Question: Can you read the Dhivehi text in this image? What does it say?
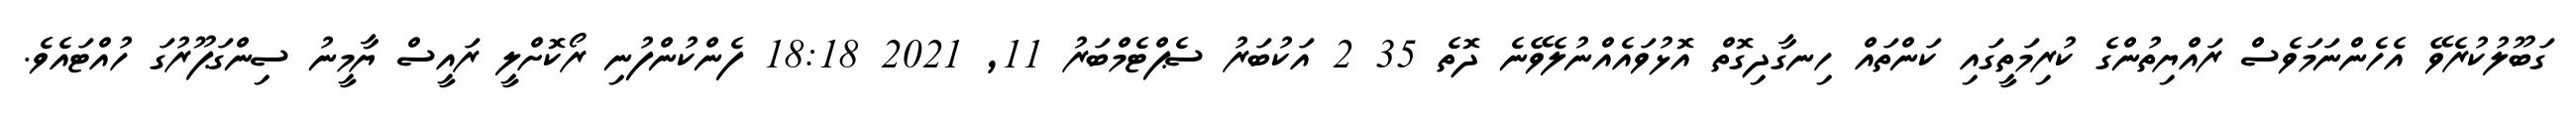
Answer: ގަބޫލުކުރެވޭ އެހެންނަމަވެސް ރައްޔިތުންގެ ކުރިމަތީގައި ކަންތައް ހިނގާދިގޮތް އޮޅުވައެއްނުލެވޭނެ ދޮތެ 35 2 އަކުބަރު ސެޕްޓެމްބަރު 11, 2021 18:18 ފެންކުންފުނި ރޯކޮށްލީ ރައީސް ޔާމީނު ސިންގަޕޫރުގަ ހުއްޓައެވެ.